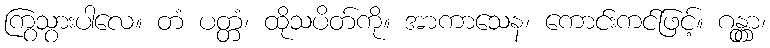
ကြွသွားပါလေ။ တံ ပတ္တံ၊ ထိုသပိတ်ကို။ အာကာသေန၊ ကောင်းကင်ဖြင့်။ ဂန္တွာ၊